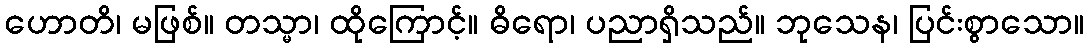
ဟောတိ၊ မဖြစ်။ တသ္မာ၊ ထိုကြောင့်။ ဓိရော၊ ပညာရှိသည်။ ဘုသေန၊ ပြင်းစွာသော။